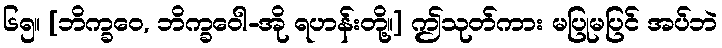
၆၅။ [ဘိက္ခဝေ, ဘိက္ခဝေါ-အို ရဟန်းတို့။] ဤသုတ်ကား မပြုမပြင် အပ်ဘဲ